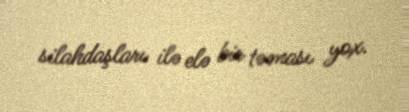
silahdaşları ilə elə bir təması yox.